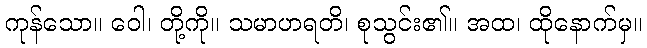
ကုန်သော။ ဝေါ၊ တို့ကို။ သမာဟရတိ၊ စုသွင်း၏။ အထ၊ ထိုနောက်မှ။